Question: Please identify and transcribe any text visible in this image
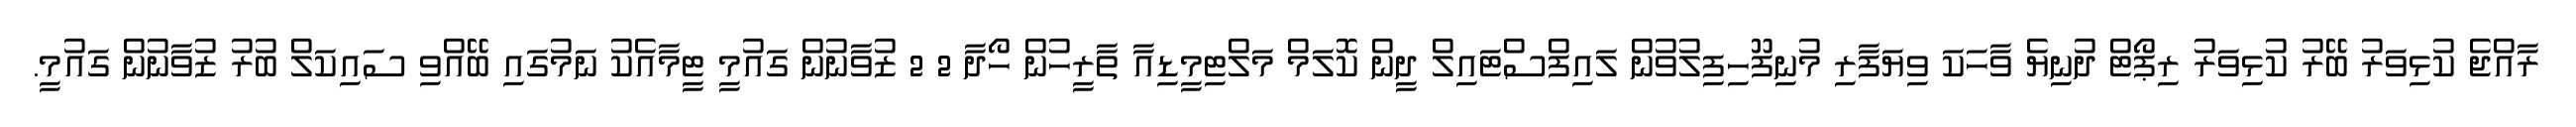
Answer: ރާއްޖެ ކުޅިވަރު ބޭރު ކުޅިވަރު ރިޕޯޓް ދުނިޔެ ވާހަކަ ވިޔަފާރި މުނިފޫހިފިލުވުން ލައިފްސްޓައިލް ދީން ކޮލަމް މަލްޓިމީޑިއާ ތާރީހުން ހޯދާ 2 2 ޒުވާނުން ގައުމީ ޓީމާއެކު ނަމުގައި ބޭއްވި ސައިކަލް ބުރު ޒުވާނުން ގައުމީ.